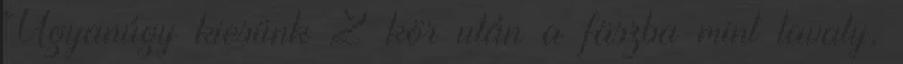
Ugyanúgy kiesünk 2 kör után a fäszba mint tavaly,